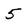
Character: 5